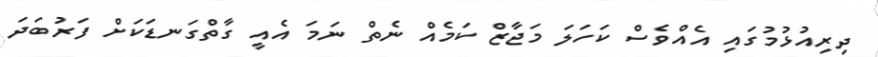
ދިރިއުޅުމުގައި އެއްވެސް ކަހަލަ މަޖާޒް ކަމެއް ނެތް ނަމަ އެއީ ގާތްގަނޑަކަށް ފަރުބަދަ